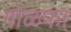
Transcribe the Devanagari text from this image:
गोळफा